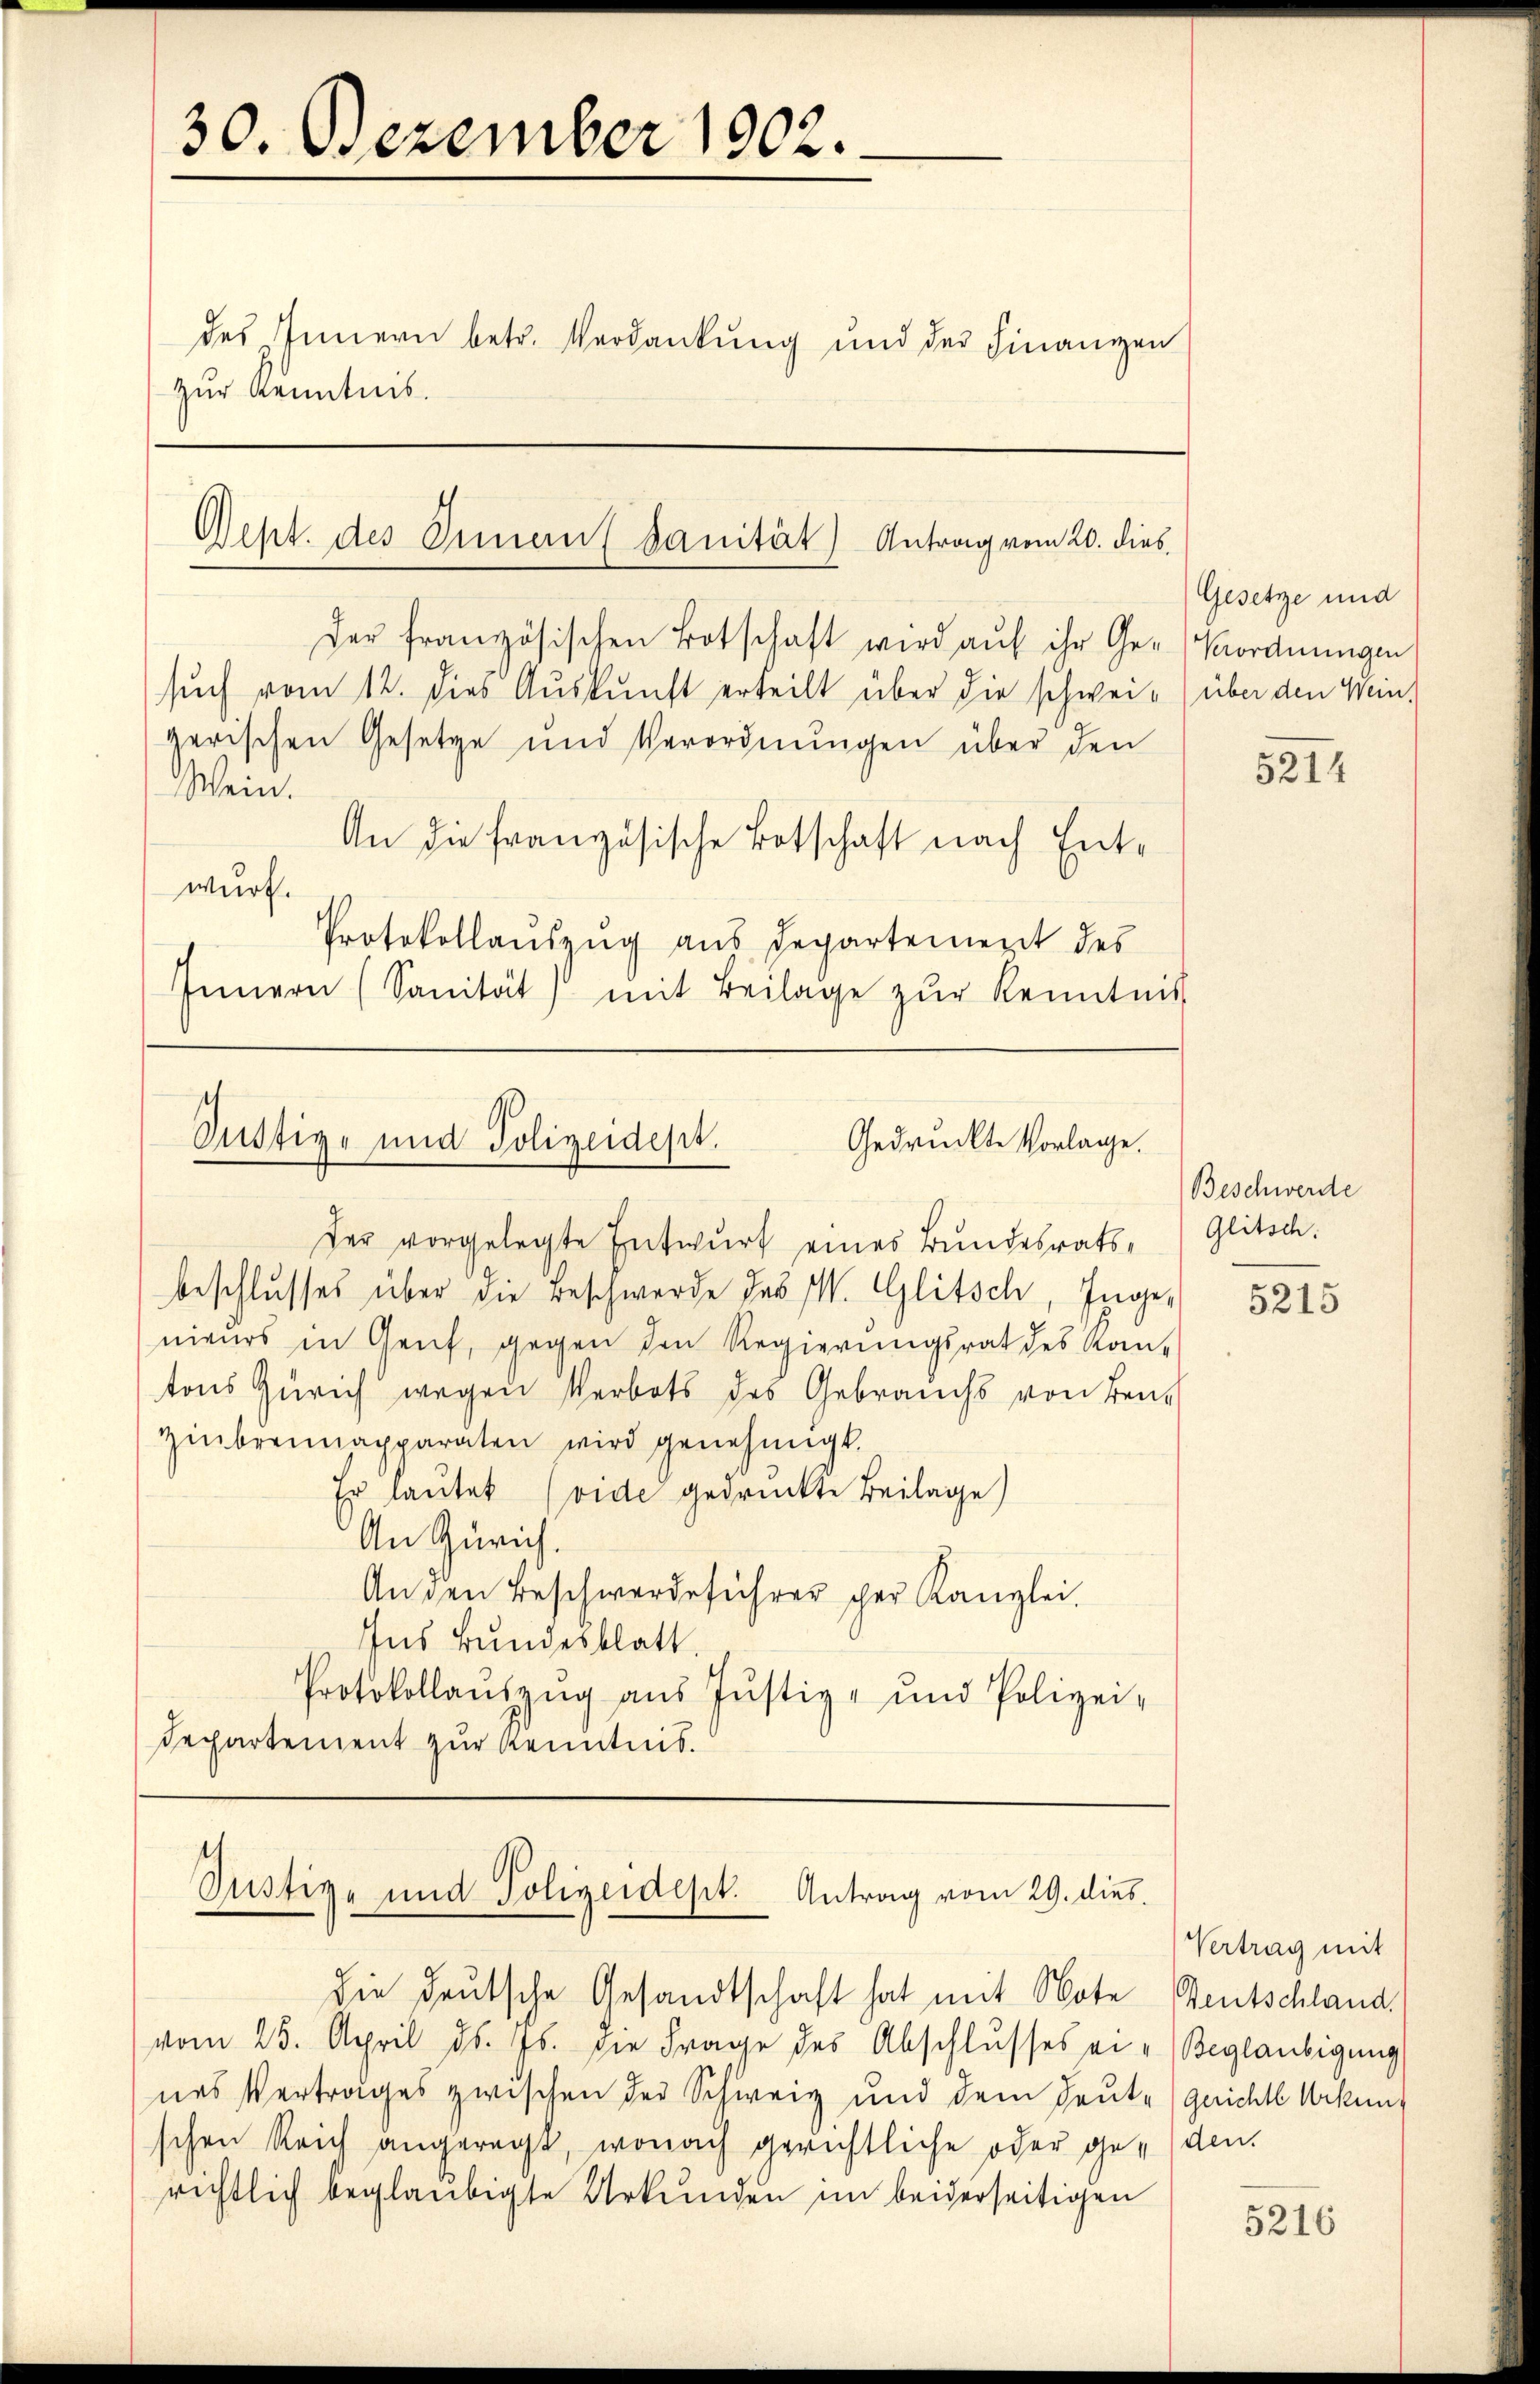
Der französischen Botschaft wird aŭf ihr Ge-Verordnungen
such vom 12. dies Auskunft erteilt über die schwei- über den Wein,
zerischen Gesetze und Verordnŭngen über den
Wein.
An die französische Botschaft nach Entwurf.
Protokollauszug aus Departement des
Innern (Sanität) mit Beilage zŭr Kenntnis

30. Dezember 1902.
des Innern betr. Verdankung und der Finanzen
zur Kenntnis.

Geht des Innant sanität) Antrag vom 20. dies

Justiz- und Polizeidept.
Gedruckte Vorlage.

t
Justiz- und Polizeidest. Antrag vom 29. dies

der vorgelegte Entwurf eines Bundesratsbeschlusses über die Beschwerde des W. Glitsch, Inge
nieurs in Genf, gegen den Regierungsrat des Kan-
tons Zürich wegen Verbots des Gebrauchs von Benzinbrennapparaten wird genehmigt.
Er lautet (vide gedruckte Beilage)
An Zürich.
Anden Beschwerdeführer scher Kanzlei.
Ins Bundesblatt.
Protokollanzzŭg aŭs Jŭstiz- und Polizei-
Departement zur Kenntnis.

die deutsche Gesandtschaft hat mit Note
vom 25. April d. Js. die Frage des Abschlusses ei-
nes Vertrages zwischen der Schweiz und dem Heute gerichte Urkung
schen Reich angeregt, wonach gerichtliche oder gerichtlich beglaubigte Urkunden im beiderseitigen

Gesetze und

5214

Beschwerde
Glitsch.

5215

Vertrag mit
Deutschland.
Beglaubigung
den.

5216